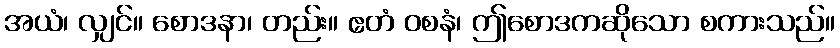
အယံ၊ လျှင်။ စောဒနာ၊ တည်း။ ဧတံ ဝစနံ၊ ဤစောဒကဆိုသော စကားသည်။